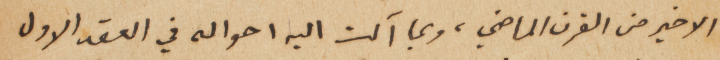
الاخير من القرن الماضي، وبما آلت اليه احواله في العقد الاول